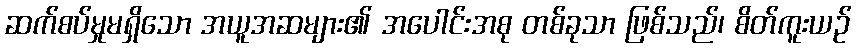
ဆက်စပ်မှုမရှိသော အယူအဆများ၏ အပေါင်းအစု တစ်ခုသာ ဖြစ်သည်၊ စိတ်ကူးယဉ်